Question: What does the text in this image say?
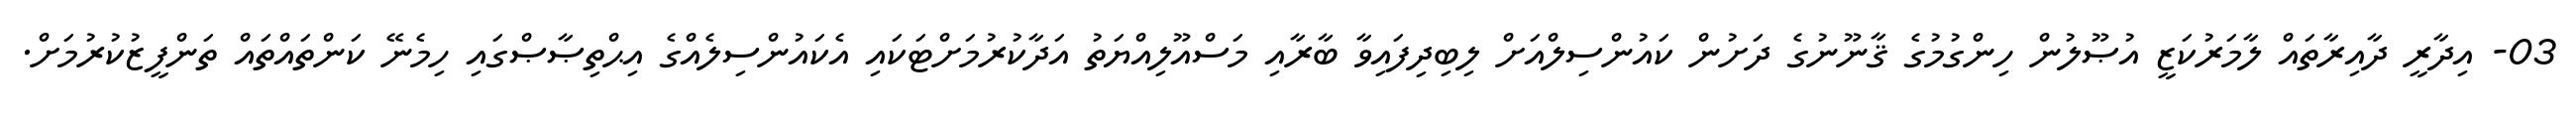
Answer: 03- އިދާރީ ދާއިރާތައް ލާމަރުކަޒީ އުޞޫލުން ހިންގުމުގެ ޤާނޫނުގެ ދަށުން ކައުންސިލްއަށް ލިބިދިފައިވާ ބާރާއި މަސްއޫލިއްޔަތު އަދާކުރުމަށްޓަކައި އެކައުންސިލެއްގެ އިޙްތިޞާޞްގައި ހިމެނޭ ކަންތައްތައް ތަންފީޒުކުރުމަށް.